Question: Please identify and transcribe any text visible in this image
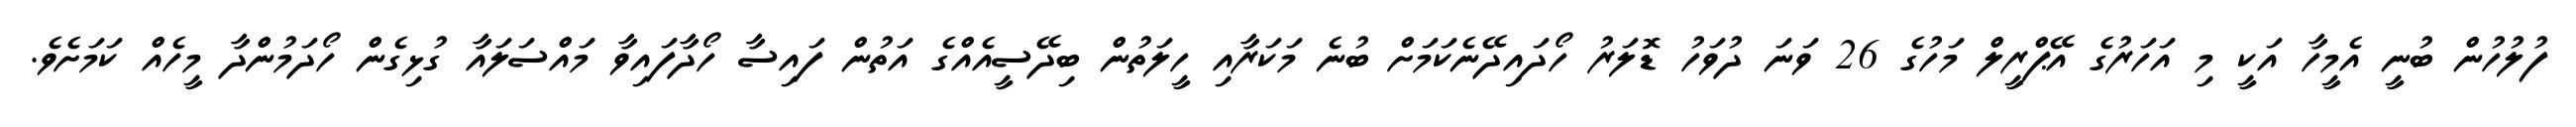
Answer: ފުލުހުން ބުނީ އެމީހާ އަކީ މި އަހަރުގެ އޭޕްރީލް މަހުގެ 26 ވަނަ ދުވަހު ޑޮލަރު ހޯދައިދޭނެކަމަށް ބުނެ މަކަރާއި ހީލަތުން ބިދޭސީއެއްގެ އަތުން ފައިސާ ހޯދާފައިވާ މައްސަލައާ ގުޅިގެން ހޯދަމުންދާ މީހެއް ކަމަށެވެ.